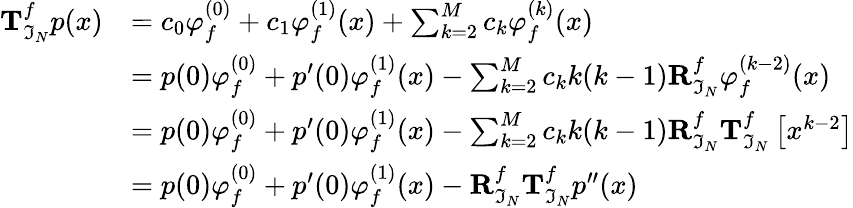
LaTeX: \begin{array}{rl}{\mathbf{T}_{\mathfrak{I}_{N}}^{f}p(x)}&{=c_{0}\varphi_{f}^{(0)}+c_{1}\varphi_{f}^{(1)}(x)+\sum_{k=2}^{M}c_{k}\varphi_{f}^{(k)}(x)}\\ &{=p(0)\varphi_{f}^{(0)}+p^{\prime}(0)\varphi_{f}^{(1)}(x)-\sum_{k=2}^{M}c_{k}k(k-1)\mathbf{R}_{\mathfrak{I}_{N}}^{f}\varphi_{f}^{(k-2)}(x)}\\ &{=p(0)\varphi_{f}^{(0)}+p^{\prime}(0)\varphi_{f}^{(1)}(x)-\sum_{k=2}^{M}c_{k}k(k-1)\mathbf{R}_{\mathfrak{I}_{N}}^{f}\mathbf{T}_{\mathfrak{I}_{N}}^{f}\left[x^{k-2}\right]}\\ &{=p(0)\varphi_{f}^{(0)}+p^{\prime}(0)\varphi_{f}^{(1)}(x)-\mathbf{R}_{\mathfrak{I}_{N}}^{f}\mathbf{T}_{\mathfrak{I}_{N}}^{f}p^{\prime\prime}(x)}\end{array}